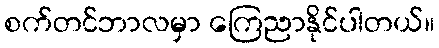
စက်တင်ဘာလမှာ ကြေညာနိုင်ပါတယ်။